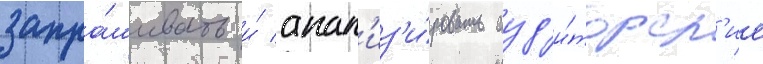
запра́шивать и́ анал'из'и́ровать ауд'и́торск'ие